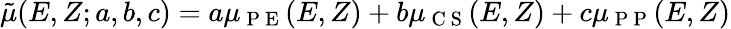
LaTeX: \tilde{\mu}(E,Z;a,b,c)=a\mu_{\mathrm{~P~E~}}(E,Z)+b\mu_{\mathrm{~C~S~}}(E,Z)+c\mu_{\mathrm{~P~P~}}(E,Z)